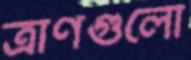
ত্রাণগুলো